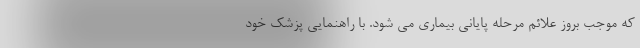
که موجب بروز علائم مرحله پایانی بیماری می شود. با راهنمایی پزشک خود